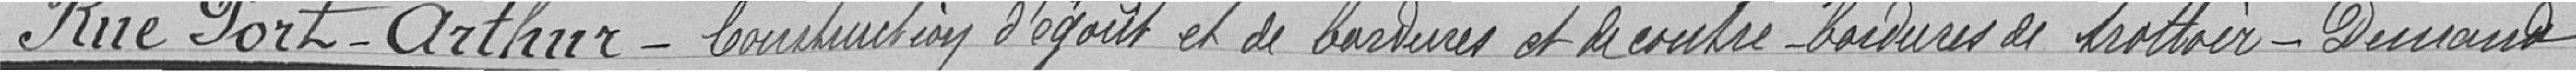
Rue Port-Arthur- Construction d'égouts et de bordures et de contres-bordures de trottoir-Demande